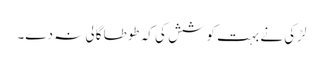
لڑکی نے بہت کوشش کی کہ طوطا گالی نہ دے۔